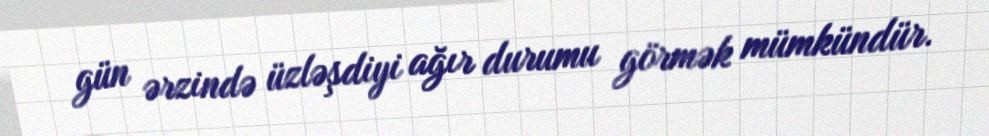
gün ərzində üzləşdiyi ağır durumu görmək mümkündür.